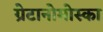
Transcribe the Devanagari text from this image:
ग्रेटानोमोस्का